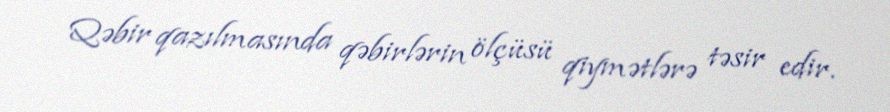
Qəbir qazılmasında qəbirlərin ölçüsü qiymətlərə təsir edir.